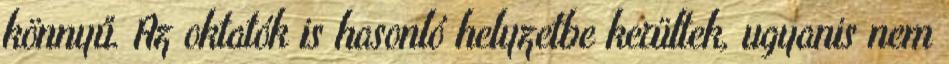
könnyű. Az oktatók is hasonló helyzetbe kerültek, ugyanis nem